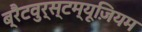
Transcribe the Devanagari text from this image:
ब्रैटवुर्स्टम्यूज़ियम